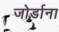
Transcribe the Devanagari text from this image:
जोर्डाना